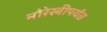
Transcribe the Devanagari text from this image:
मोरेस्बीपर्यंत